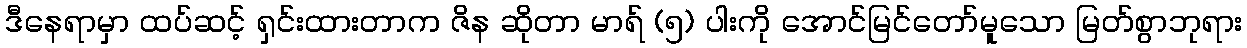
ဒီနေရာမှာ ထပ်ဆင့် ရှင်းထားတာက ဇိန ဆိုတာ မာရ် (၅) ပါးကို အောင်မြင်တော်မူသော မြတ်စွာဘုရား